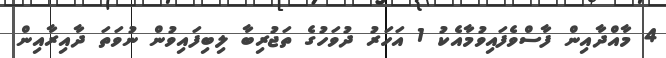
4 މާއްދާއިން ފާސްވެފައިވުމާއެކު 1 އަހަރު ދުވަހުގެ ތަޖުރިބާ ލިބިފައިވުން ނުވަތަ ދާއިރާއިން